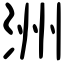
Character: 洲